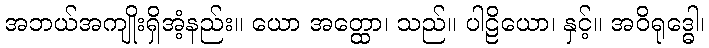
အဘယ်အကျိုးရှိအံ့နည်း။ ယော အတ္ထော၊ သည်။ ပါဠိယော၊ နှင့်။ အဝိရုဒ္ဓေါ၊